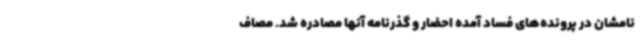
نامشان در پرونده‌های فساد آمده احضار و گذرنامه آنها مصادره شد. مصاف